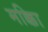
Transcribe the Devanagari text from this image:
मक्काि